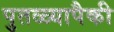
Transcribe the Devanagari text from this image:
पुतळ्यापैकी